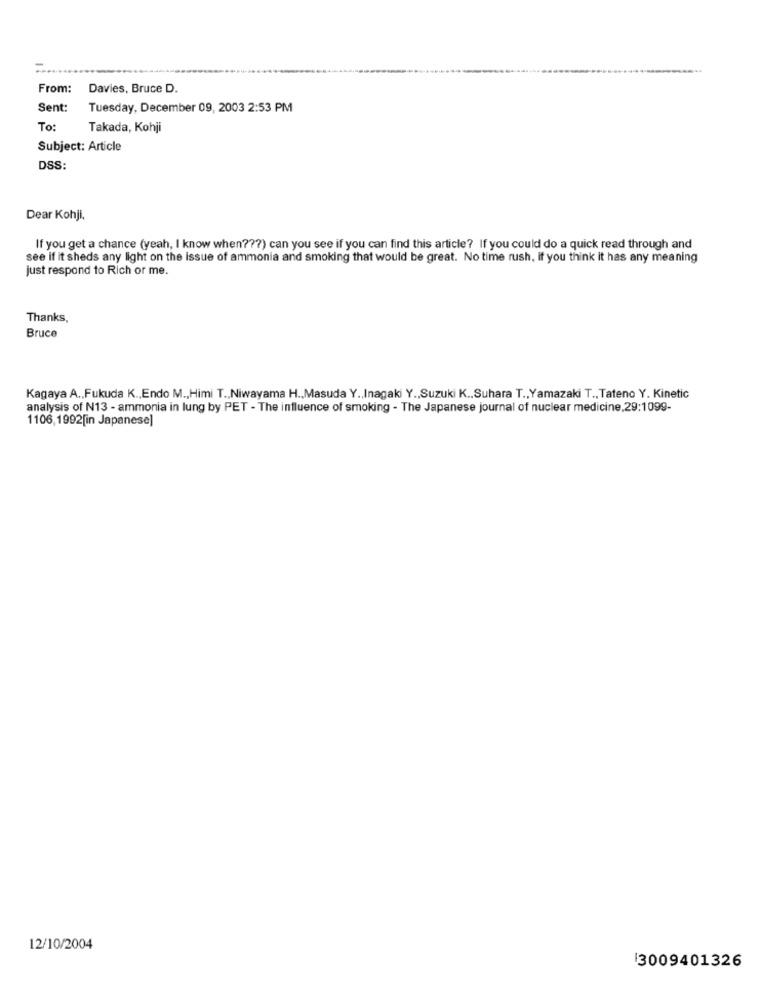
From:
Davies, Bruce D.
Sent:
Tuesday, December 09, 2003 2:53 PM
To:
Takada, Kohji
Subject: Article
DSS:
Dear Kohji,
If you get a chance (yeah, I know when ??? ) can you see if you can find this article? If you could do a quick read through and
see if it sheds any light on the issue of ammonia and smoking that would be great. No time rush, if you think it has any meaning
just respond to Rich or me.
Thanks,
Bruce
Kagaya A ., Fukuda K ., Endo M ., Himi T ., Niwayama H ., Masuda Y ., Inagaki Y ., Suzuki K ., Suhara T ., Yamazaki T ., Tateno Y. Kinetic
analysis of N13 - ammonia in lung by PET - The influence of smoking - The Japanese journal of nuclear medicine,29:1099-
1106,1992[in Japanese]
12/10/2004
3009401326